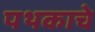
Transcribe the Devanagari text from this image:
पथकाचेे